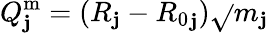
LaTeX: Q_{\mathbf{j}}^{\mathrm{{m}}}=(R_{\mathbf{j}}-{R_{0}}_{\mathbf{j}})\sqrt{}{{m_{\mathbf{j}}}}